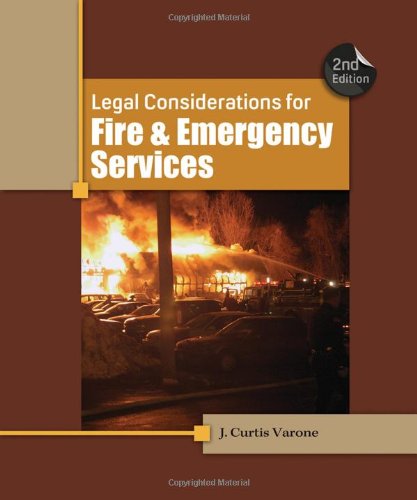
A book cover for Legal Considerations for Fire and Emergency Services; J. Curtis Varone; Law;